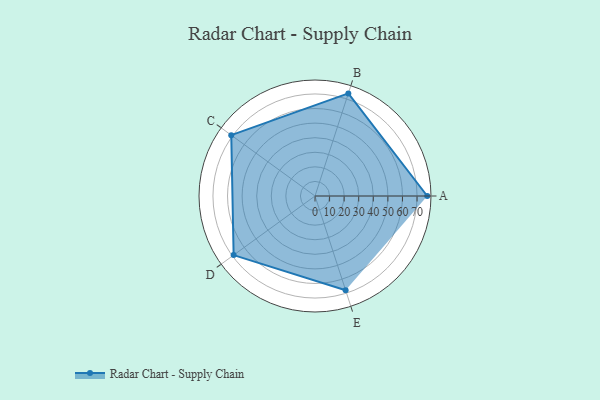
{"axis": {"x": "Skill", "y": "Score"}, "legend": ["Profile"], "data": [{"x": "A", "y": 77.0, "type": "Profile"}, {"x": "B", "y": 74.0, "type": "Profile"}, {"x": "C", "y": 71.0, "type": "Profile"}, {"x": "D", "y": 69.0, "type": "Profile"}, {"x": "E", "y": 68.0, "type": "Profile"}]}